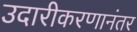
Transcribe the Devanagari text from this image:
उदारीकरणानंतर